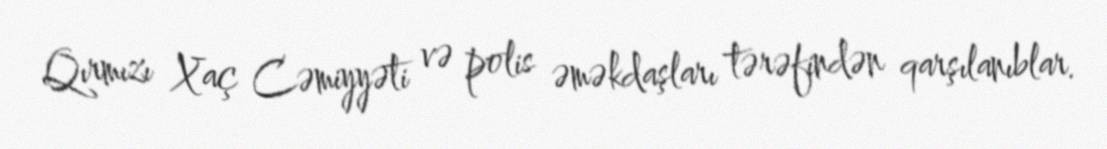
Qırmızı Xaç Cəmiyyəti və polis əməkdaşları tərəfindən qarşılanıblar.